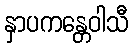
နှာပကန္တေဝါသီ